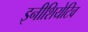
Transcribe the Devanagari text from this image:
इनीशियेटिव